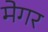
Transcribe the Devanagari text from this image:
मेगर